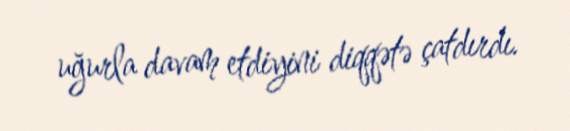
uğurla davam etdiyini diqqətə çatdırdı.